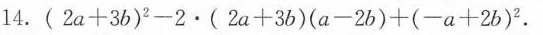
14. $$ (2a+3b) ^ {2} -2 \cdot (2a+3b) (a-2b) + (-a+2b) ^ {2} $$ .